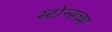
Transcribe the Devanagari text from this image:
स्टोन्सच्या